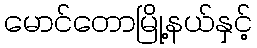
မောင်တောမြို့နယ်နှင့်